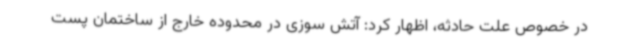
در خصوص علت حادثه، اظهار کرد: آتش سوزی در محدوده خارج از ساختمان پست